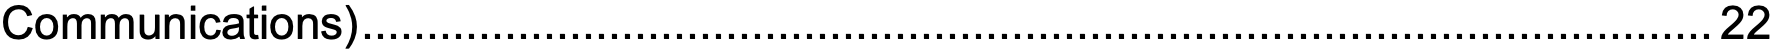
Communications)........................................................................................................22